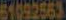
51092563